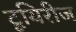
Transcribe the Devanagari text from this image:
टूयिरीज